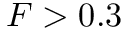
F > 0 . 3